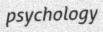
psychology